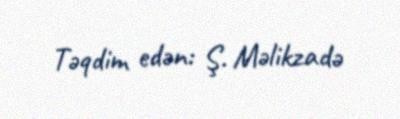
Təqdim edən: Ş. Məlikzadə